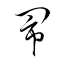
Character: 閙